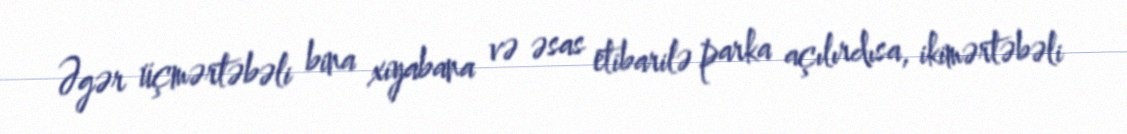
Əgər üçmərtəbəli bina xiyabana və əsas etibarilə parka açılırdısa, ikimərtəbəli